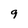
Character: 9